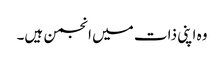
وہ اپنی ذات میں انجمن ہیں۔